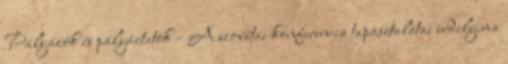
Pályázók és pályáztatók – A szovátai konferencia tapasztalatai erdely.ma